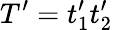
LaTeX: T^{\prime}=t_{1}^{\prime}t_{2}^{\prime}